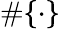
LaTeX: \# \{ \cdot\}